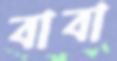
বাবা